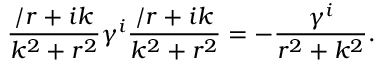
{ \frac { \slash { r } + i k } { k ^ { 2 } + r ^ { 2 } } } \gamma ^ { i } { \frac { \slash { r } + i k } { k ^ { 2 } + r ^ { 2 } } } = - { \frac { \gamma ^ { i } } { r ^ { 2 } + k ^ { 2 } } } .